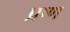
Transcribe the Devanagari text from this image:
प्रष्ण